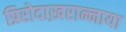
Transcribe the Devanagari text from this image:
प्रिरोदाख़रान्नाया